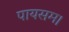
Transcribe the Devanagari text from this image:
पायसम।